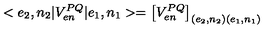
< e _ { 2 } , n _ { 2 } | V _ { e n } ^ { P Q } | e _ { 1 } , n _ { 1 } > = \left[ V _ { e n } ^ { P Q } \right] _ { ( e _ { 2 } , n _ { 2 } ) ( e _ { 1 } , n _ { 1 } ) }